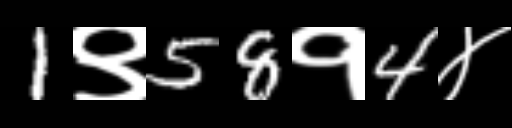
Text: 1९58१4४